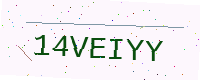
Text: 14VEIYY